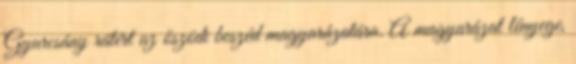
Gyurcsány rátért az őszödi beszéd magyarázatára. A magyarázat lényege,